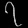
Digit: ၇